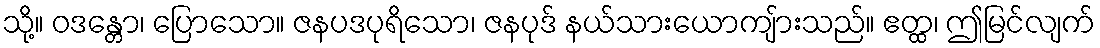
သို့။ ဝဒန္တော၊ ပြောသော။ ဇနပဒပုရိသော၊ ဇနပုဒ် နယ်သားယောကျ်ားသည်။ ဧတ္ထ၊ ဤမြင်လျက်